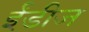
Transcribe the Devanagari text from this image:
ईंडीज